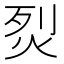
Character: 烮